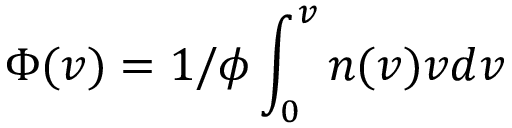
\Phi ( v ) = 1 / \phi \int _ { 0 } ^ { v } n ( v ) v d v